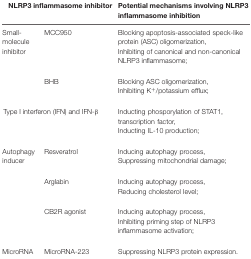
<table><thead><tr><td colspan="2"><b>NLRP3 inflammasome inhibitor</b></td><td><b>Potential mechanisms involving NLRP3 inflammasome inhibition</b></td></tr></thead><tbody><tr><td>Small-molecule inhibitor</td><td>MCC950</td><td>Blocking apoptosis-associated speck-like protein (ASC) oligomerization, Inhibiting of canonical and non-canonical NLRP3 inflammasome; </td></tr><tr><td></td><td>BHB</td><td>Blocking ASC oligomerization, Inhibiting K<sup>+</sup>/potassium efflux;</td></tr><tr><td colspan="2">Type I interferon (IFN) and IFN-β</td><td>Inducting phosporylation of STAT1, transcription factor, Inducting IL-10 production;</td></tr><tr><td>Autophagy inducer</td><td>Resveratrol</td><td>Inducing autophagy process, Suppressing mitochondrial damage;</td></tr><tr><td></td><td>Arglabin</td><td>Inducing autophagy process, Reducing cholesterol level;</td></tr><tr><td></td><td>CB2R agonist</td><td>Inducing autophagy process, Inhibiting priming step of NLRP3 inflammasome activation;</td></tr><tr><td>MicroRNA</td><td>MicroRNA-223</td><td>Suppressing NLRP3 protein expression.</td></tr></tbody></table>